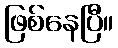
ဖြစ်နေပြီ။